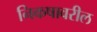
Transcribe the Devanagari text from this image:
निकषावरील